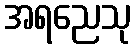
အရညေသု